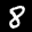
Label: 8